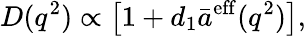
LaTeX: D(q^{2})\propto\left[1+d_{1}\bar{a}^{\mathrm{eff}}(q^{2})\right],